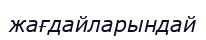
жағдайларындай